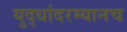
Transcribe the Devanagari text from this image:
युद्धांदरम्यानच